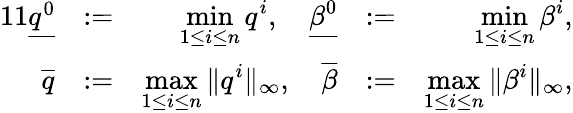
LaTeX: \begin{array}{rlrlr}{{11}\underline{{q^{0}}}}&{:=}&{\displaystyle\operatorname*{min}_{1\leq i\leq n}q^{i},\quad\underline{{\beta^{0}}}}&{:=}&{\displaystyle\operatorname*{min}_{1\leq i\leq n}\beta^{i},}\\ {\overline{{q}}}&{:=}&{\displaystyle\operatorname*{max}_{1\leq i\leq n}\| q^{i}\| _{\infty},\quad\overline{{\beta}}}&{:=}&{\displaystyle\operatorname*{max}_{1\leq i\leq n}\| \beta^{i}\| _{\infty},}\end{array}